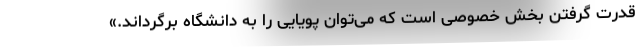
قدرت گرفتن بخش خصوصی است که می‌توان پویایی را به دانشگاه برگرداند.»